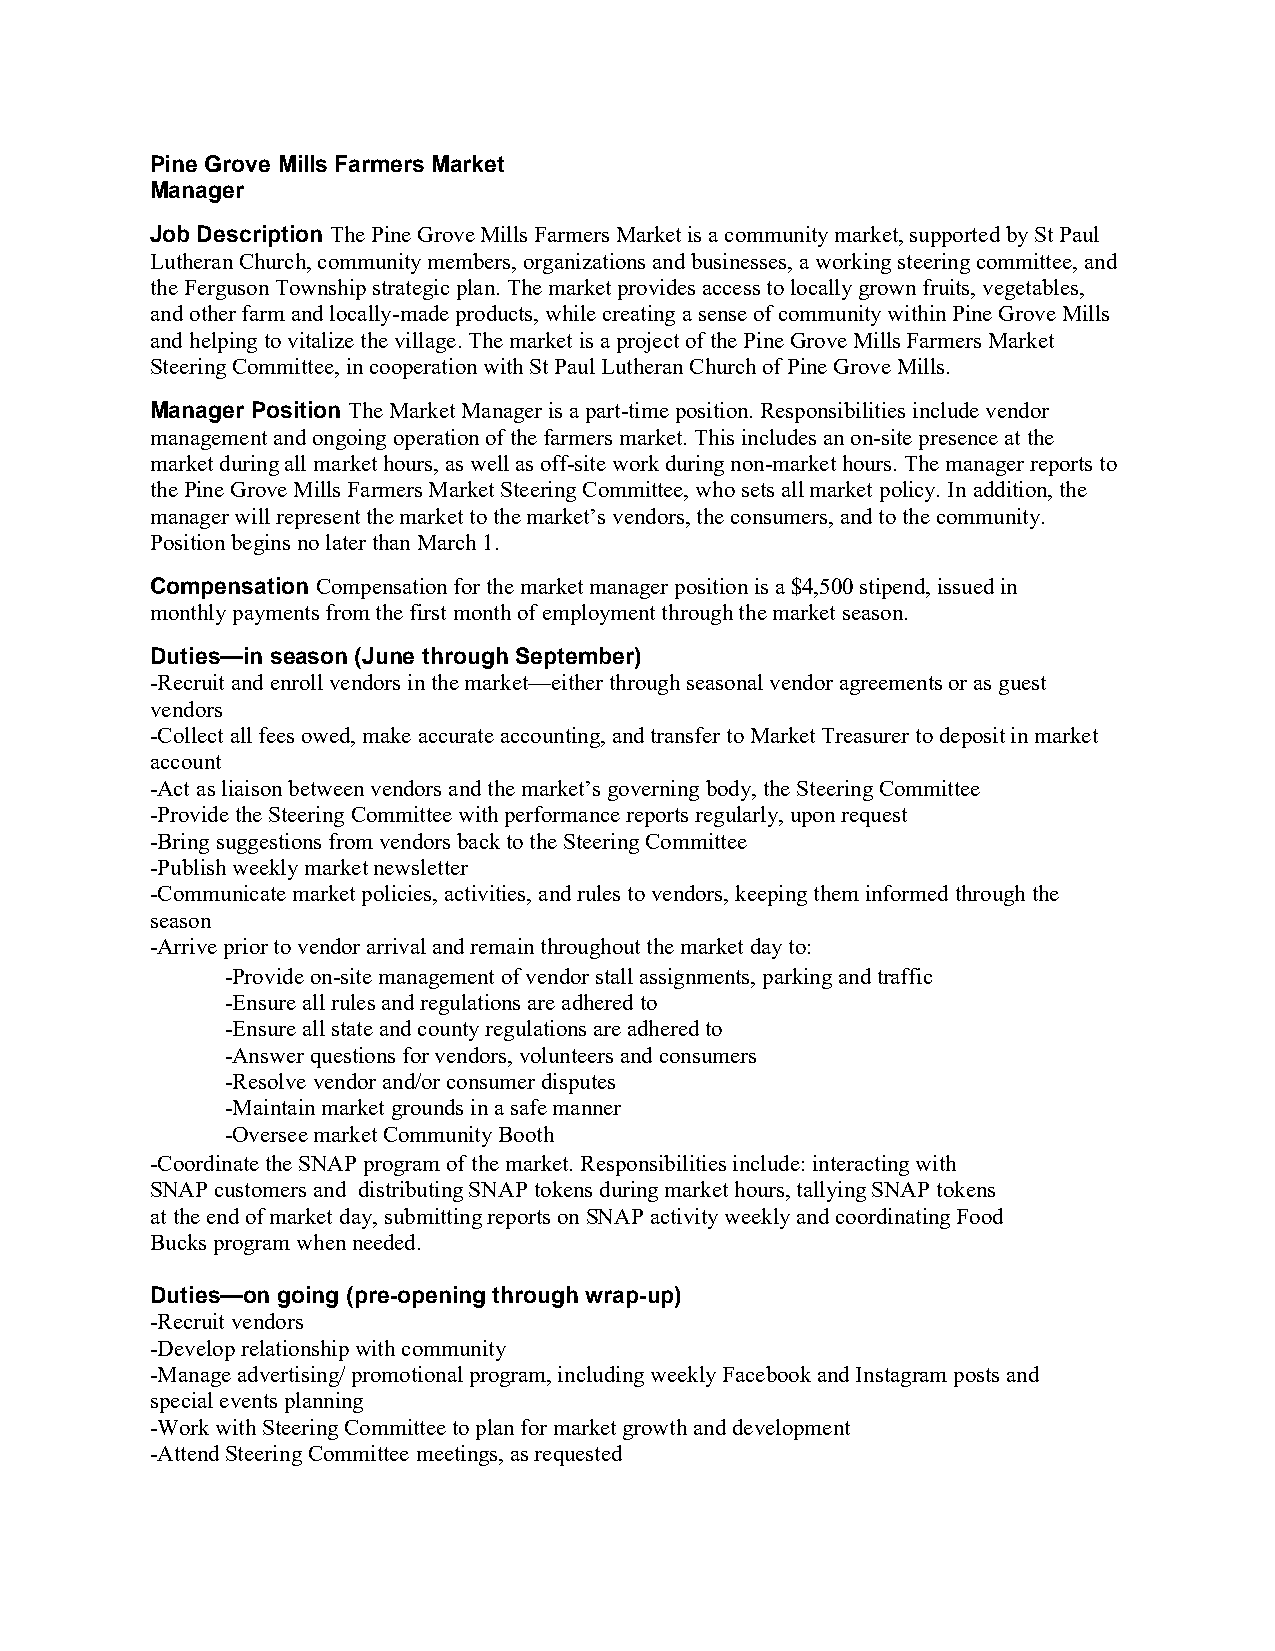
Pine Grove Mills Farmers Market
 Manager
 Job Description The Pine Grove Mills Farmers Market is a community market, supported by St Paul
 Lutheran Church, community members, organizations and businesses, a working steering committee, and
 the Ferguson Township strategic plan. The market provides access to locally grown fruits, vegetables,
 and other farm and locally-made products, while creating a sense of community within Pine Grove Mills
 and helping to vitalize the village. The market is a project of the Pine Grove Mills Farmers Market
 Steering Committee, in cooperation with St Paul Lutheran Church of Pine Grove Mills.
 Manager Position The Market Manager is a part-time position. Responsibilities include vendor
 management and ongoing operation of the farmers market. This includes an on-site presence at the
 market during all market hours, as well as off-site work during non-market hours. The manager reports to
 the Pine Grove Mills Farmers Market Steering Committee, who sets all market policy. In addition, the
 manager will represent the market to the market’s vendors, the consumers, and to the community.
 Position begins no later than March 1.
 Compensation Compensation for the market manager position is a $4,500 stipend, issued in
 monthly payments from the first month of employment through the market season.
 Duties—in season (June through September)
 -Recruit and enroll vendors in the market—either through seasonal vendor agreements or as guest
 vendors
 -Collect all fees owed, make accurate accounting, and transfer to Market Treasurer to deposit in market
 account
 -Act as liaison between vendors and the market’s governing body, the Steering Committee
 -Provide the Steering Committee with performance reports regularly, upon request
 -Bring suggestions from vendors back to the Steering Committee
 -Publish weekly market newsletter
 -Communicate market policies, activities, and rules to vendors, keeping them informed through the
 season
 -Arrive prior to vendor arrival and remain throughout the market day to:
 -Provide on-site management of vendor stall assignments, parking and traffic
 -Ensure all rules and regulations are adhered to
 -Ensure all state and county regulations are adhered to
 -Answer questions for vendors, volunteers and consumers
 -Resolve vendor and/or consumer disputes
 -Maintain market grounds in a safe manner
 -Oversee market Community Booth
 -Coordinate the SNAP program of the market. Responsibilities include: interacting with
 SNAP customers and distributing SNAP tokens during market hours, tallying SNAP tokens
 at the end of market day, submitting reports on SNAP activity weekly and coordinating Food
 Bucks program when needed.
 Duties—on going (pre-opening through wrap-up)
 -Recruit vendors
 -Develop relationship with community
 -Manage advertising/ promotional program, including weekly Facebook and Instagram posts and
 special events planning
 -Work with Steering Committee to plan for market growth and development
 -Attend Steering Committee meetings, as requested